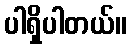
ပါရှိပါတယ်။